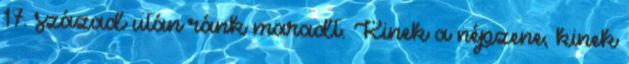
17. század után ránk maradt. Kinek a népzene, kinek